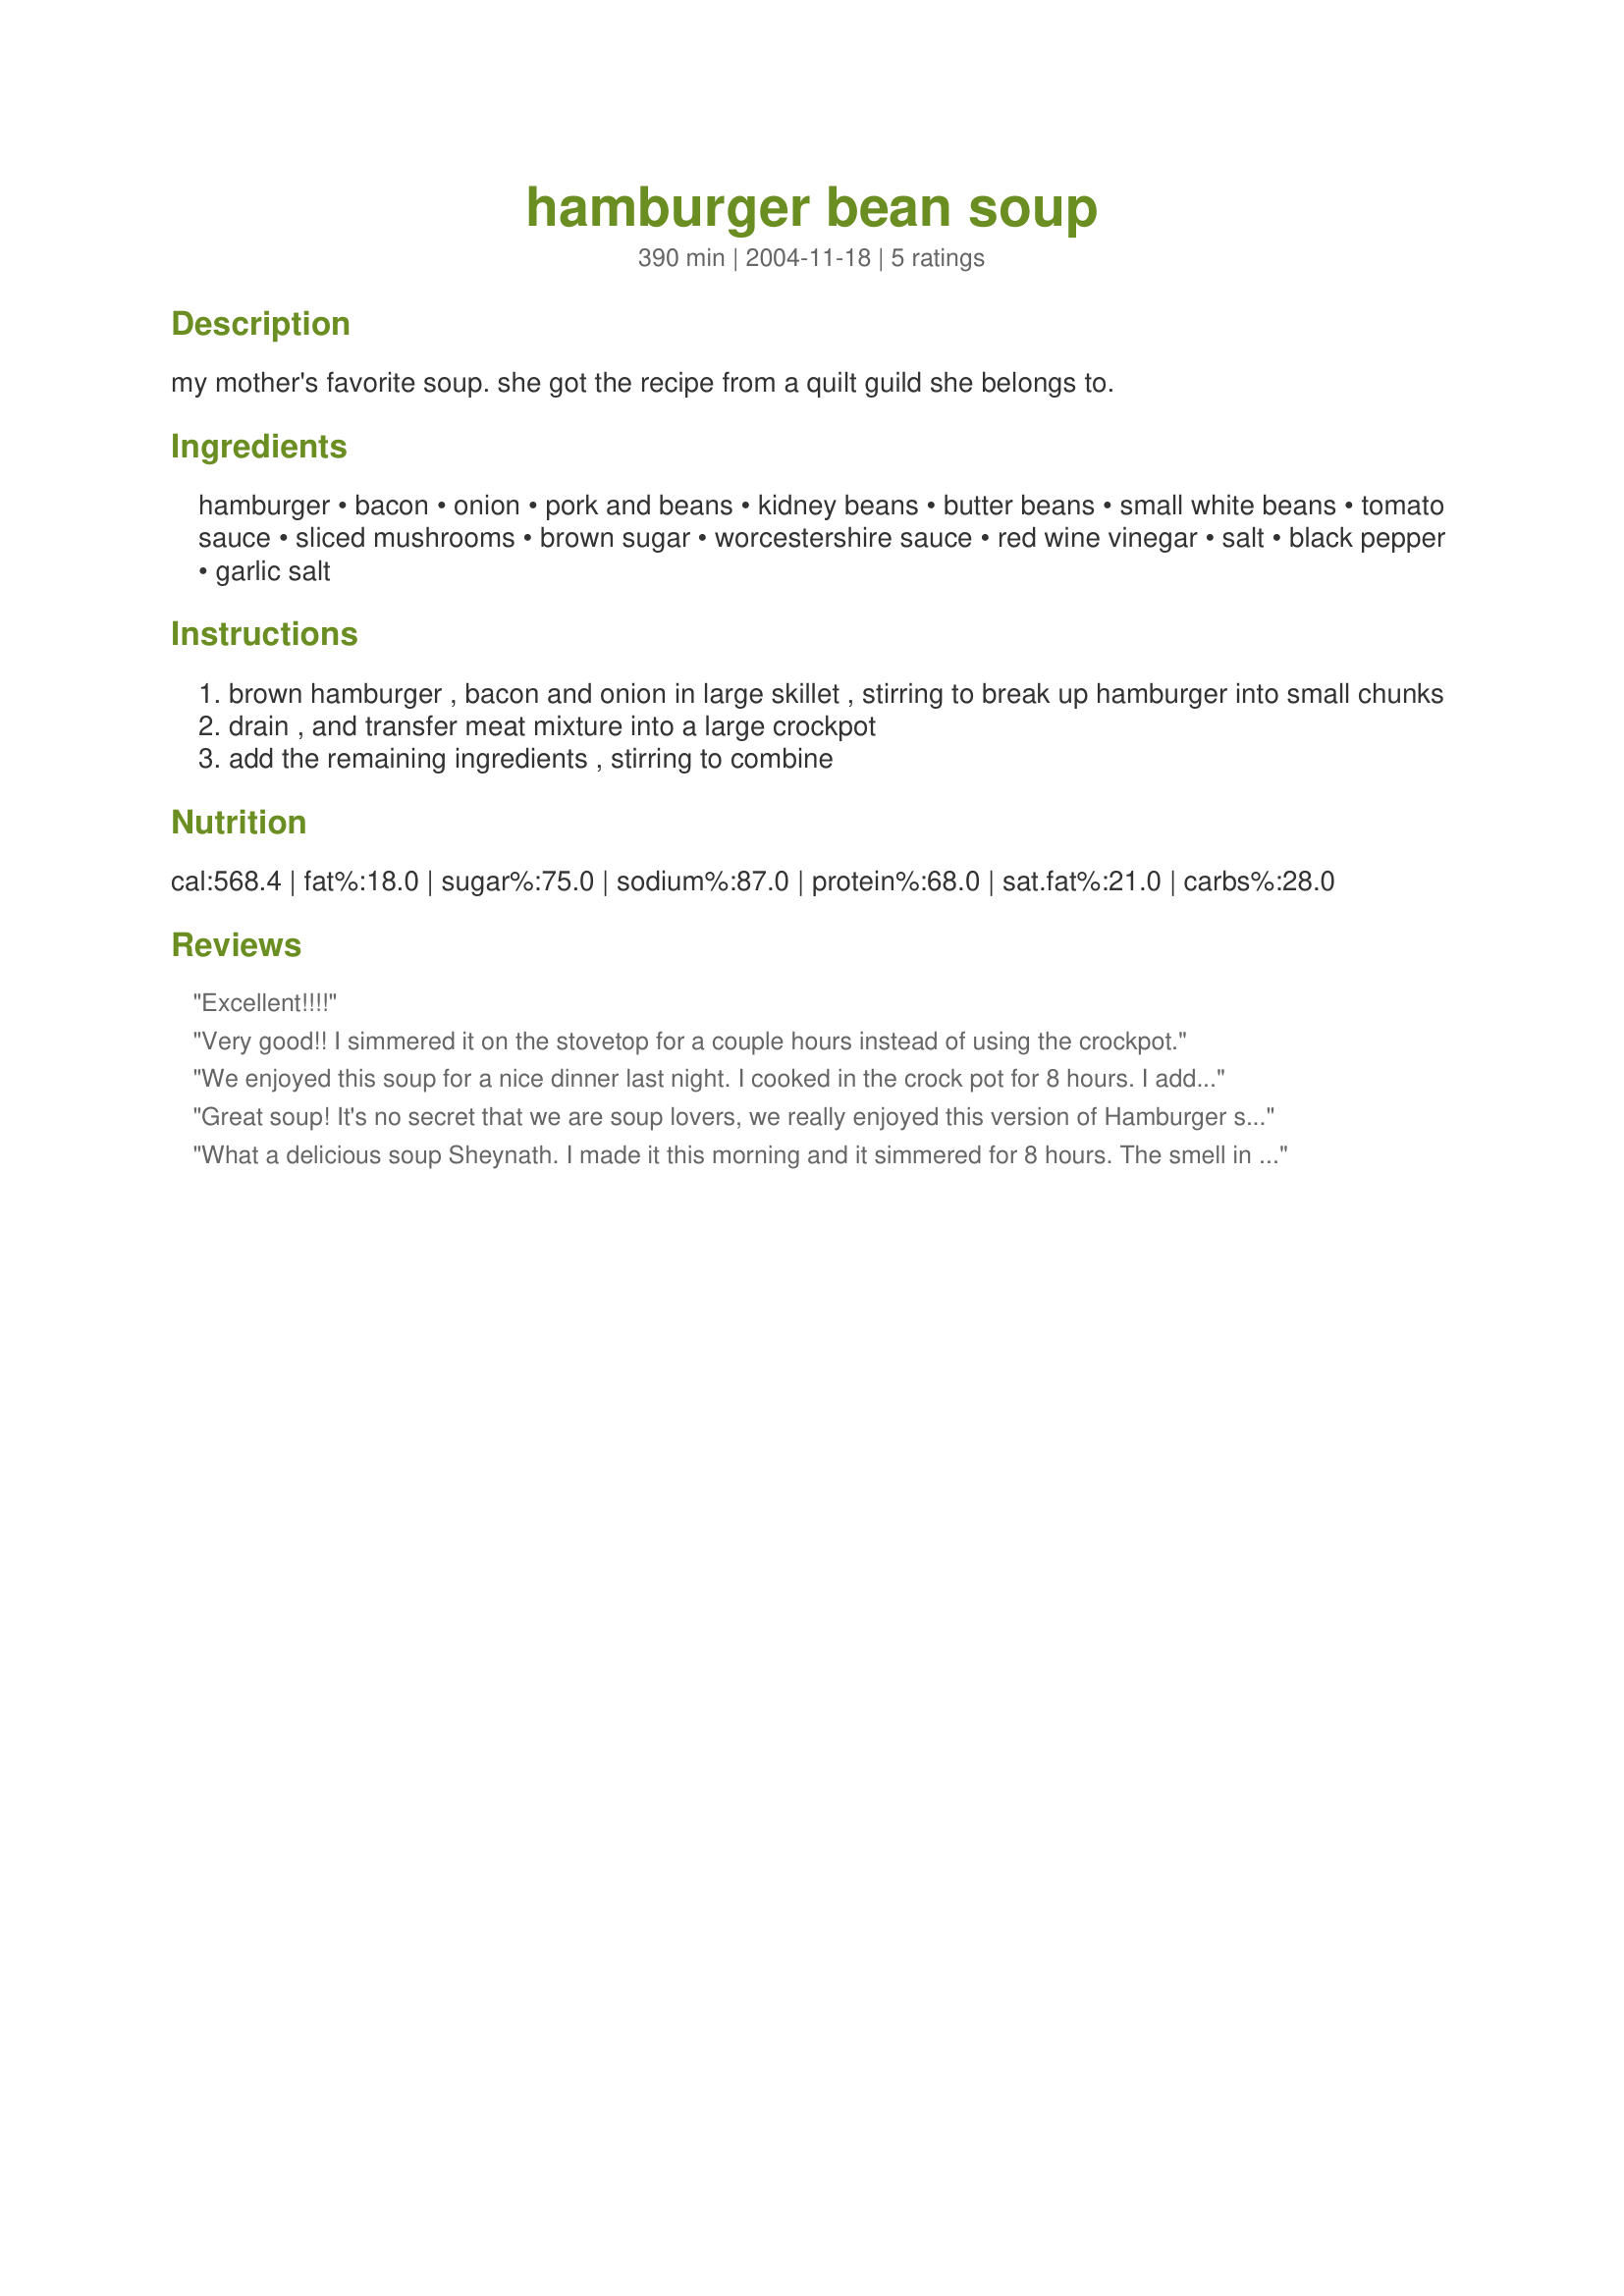
hamburger bean soup
Preparation time: 390 minutes

my mother's favorite soup. she got the recipe from a quilt guild she belongs to.

Ingredients:
hamburger, bacon, onion, pork and beans, kidney beans, butter beans, small white beans, tomato sauce, sliced mushrooms, brown sugar, worcestershire sauce, red wine vinegar, salt, black pepper, garlic salt

Steps:
brown hamburger , bacon and onion in large skillet , stirring to break up hamburger into small chunks
drain , and transfer meat mixture into a large crockpot
add the remaining ingredients , stirring to combine

Reviews:
Excellent!!!!
Very good!! I simmered it on the stovetop for a couple hours instead of using the crockpot.
We enjoyed this soup for a nice dinner last night. I cooked in the crock pot for 8 hours. I added northern beans instead of butter beans as DH does not like them. After a taste, we decided to add some hot sauce to our bowls and it added just the zip that we needed. Thanks for sharing this nice and easy recipe Sheynath. Made for Aussie Swap #17.
Great soup! It's no secret that we are soup lovers, we really enjoyed this version of Hamburger soup - it has been added to my soup collection. I find those 'mothers favorites' make for great choices when choosing a recipe. Thank you Sheynath and thank your mother - it made for a lovely supper soup.
What a delicious soup Sheynath. I made it this morning and it simmered for 8 hours. The smell in the house was terrific...but the soup tasted even better. I did decrease the amount of sugar and like happynana we added a shot of habanero hot sauce to the finished soup. Thank you so much for sharing this recipe, into my keeper box it goes.
